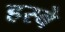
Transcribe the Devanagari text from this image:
हस्बे